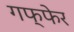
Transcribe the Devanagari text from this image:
गफ्फेर